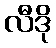
လီဒို